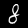
Label: 8